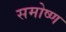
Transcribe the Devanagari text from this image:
समोष्ण